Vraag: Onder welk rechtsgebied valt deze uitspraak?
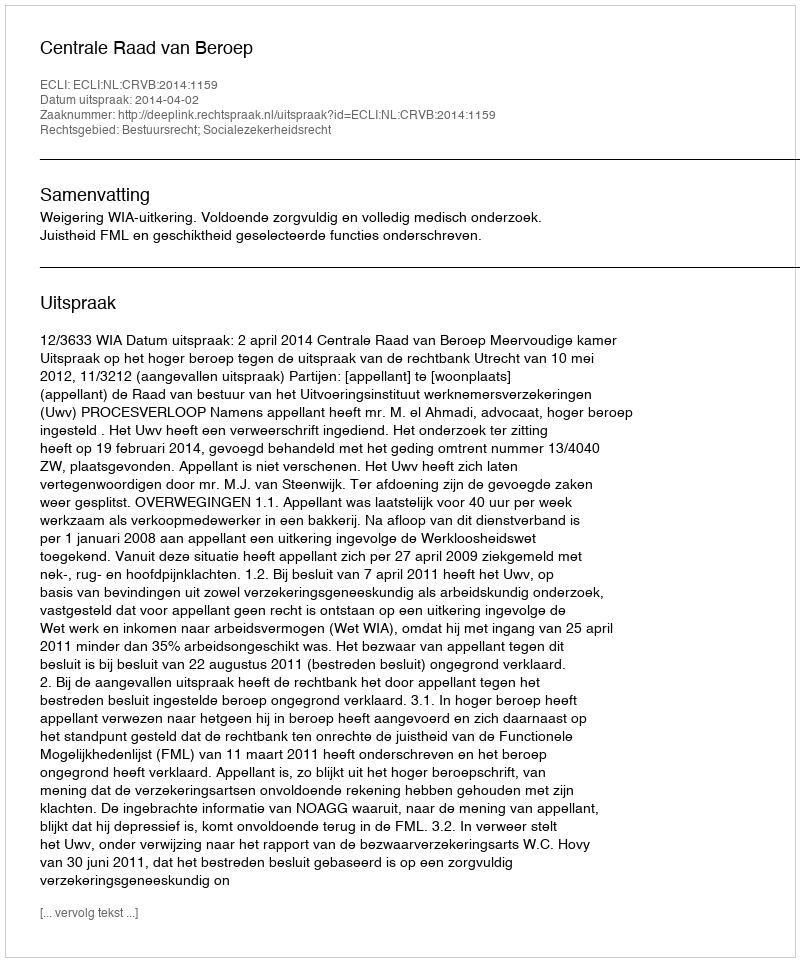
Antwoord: Bestuursrecht; Socialezekerheidsrecht